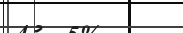
٧٢